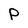
Character: P